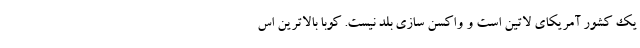
یک کشور آمریکای لاتین است و واکسن سازی بلد نیست. کوبا بالاترین اس